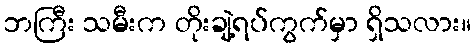
ဘကြီး သမီးက တိုးချဲ့ရပ်ကွက်မှာ ရှိသလား။